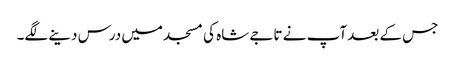
جس کے بعد آپ نے تاجے شاہ کی مسجد میں درس دینے لگے۔